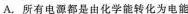
A.所有电源都是由化学能转化为电能